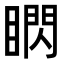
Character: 䁡